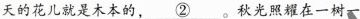
天的花儿就是木本的，\underline{②}。秋光照耀在一树一